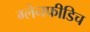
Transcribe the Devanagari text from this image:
ग्लेनफीडिच